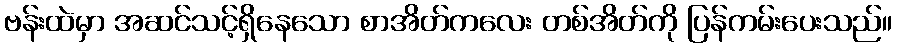
ဗန်းထဲမှာ အဆင်သင့်ရှိနေသော စာအိတ်ကလေး တစ်အိတ်ကို ပြန်ကမ်းပေးသည်။